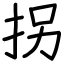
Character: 拐